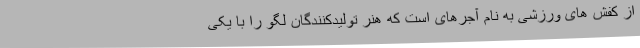
از کفش های ورزشی به نام آجرهای است که هنر تولیدکنندگان لگو را با یکی